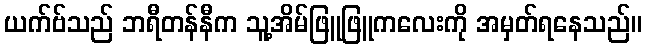
ယက်ဗ်သည် ဘရီတန်နီက သူ့အိမ်ဖြူဖြူကလေးကို အမှတ်ရနေသည်။